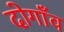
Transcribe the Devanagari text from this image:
दोगाँव